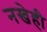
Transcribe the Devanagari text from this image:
नखेही